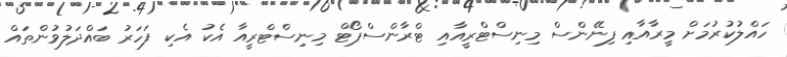
ހައްލުކުރުމަށް މީރާއާއި ފިނޭންސް މިނިސްޓްރީއާއި ޓްރާންސްޕޯޓް މިނިސްޓްރީއާ އެކު އެކި ފަހަރު ބައްދަލުވުންތައް